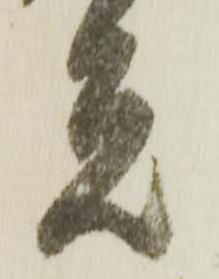
元